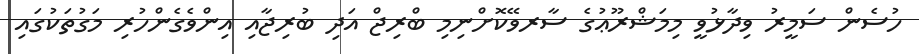
ހުސެން ސަމީރު ވިދާޅުވީ މިމަޝްރޫޢުގެ ސާރވޭކޮށްނިމި ބްރިޖް އަދި ބުރިޖާއި އިންވެގެންހުރި މަގުތަކުގައި